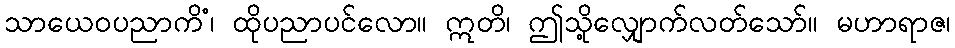
သာယေဝပညာကိံ၊ ထိုပညာပင်လော။ ဣတိ၊ ဤသို့လျှောက်လတ်သော်။ မဟာရာဇ၊